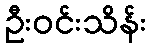
ဦးဝင်းသိန်း